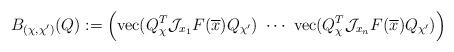
LaTeX: \begin{align*}B_{(\chi,\chi')}(Q):=\Big(\mbox{vec}(Q_{\chi}^T{\cal J}_{x_1}F(\overline{x})Q_{\chi'}) \,\, \cdots \,\,\mbox{vec}(Q_{\chi}^T{\cal J}_{x_n}F(\overline{x})Q_{\chi'})\Big)\,\end{align*}%\end{align*}